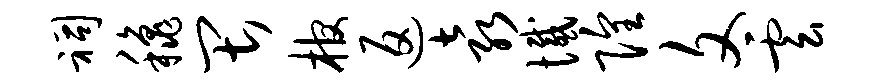
祠秋畏棺返袁憾隍文云